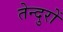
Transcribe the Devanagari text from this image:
तेन्दुरों